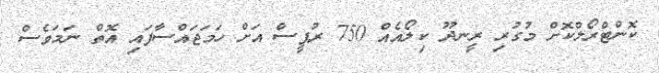
ކޮންޓްރޯލްކޮށް މުގުރި ރީނދޫ ކިލޯއެއް 750 ރުޕީސް އަށް ހަމަޖައްސާފައި އޮތް ނަމަވެސް